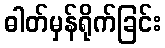
ဓါတ်မှန်ရိုက်ခြင်း